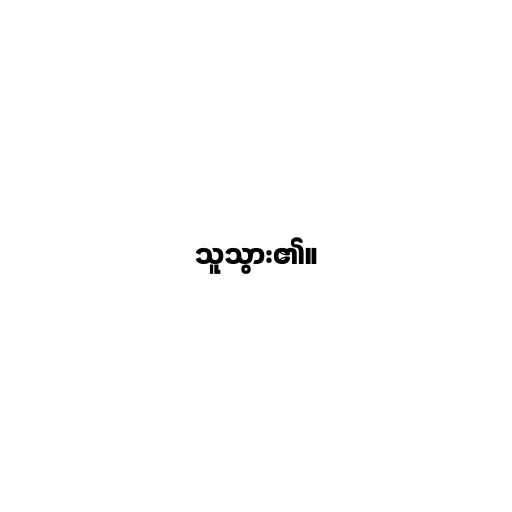
သူသွား၏။